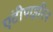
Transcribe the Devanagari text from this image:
एंटीपाइरिन